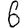
Digit: 6